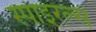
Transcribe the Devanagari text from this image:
स्पाइरल्स